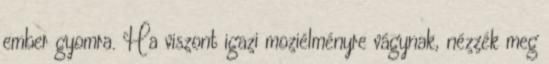
ember gyomra. Ha viszont igazi moziélményre vágynak, nézzék meg